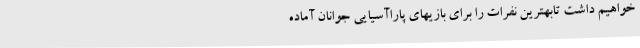
خواهیم داشت تابهترین نفرات را برای بازیهای پاراآسیایی جوانان آماده